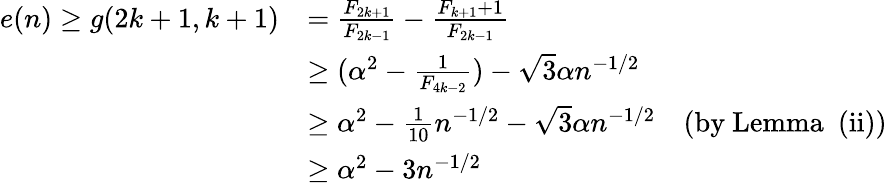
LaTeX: \begin{array}{rl}{e(n)\geq g(2k+1,k+1)}&{={\frac{F_{2k+1}}{F_{2k-1}}}-{\frac{F_{k+1}+1}{F_{2k-1}}}}\\ &{\geq(\alpha^{2}-{\frac{1}{F_{4k-2}}})-\sqrt{3}\alpha n^{-1/2}}\\ &{\geq\alpha^{2}-{\frac{1}{10}}n^{-1/2}-\sqrt{3}\alpha n^{-1/2}\quad\mathrm{(by~Lemma~~(ii))}}\\ &{\geq\alpha^{2}-3n^{-1/2}}\end{array}